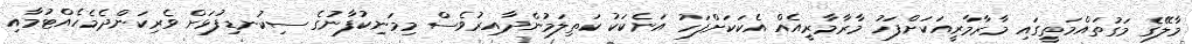
މާލޭގެ މަގުތައްމަތީގައި މާރާމާރީއަކަށްފަހު މާރާމާރީއެއް އެކަކަށްފަހު އަނެކަކު ކަތިލަމުންދާއިރުވެސް މިމަނިކުފާނުގެ ސިކުނޑިފުޅަށް ވެރިކަންދެމެހެއްޓުމާއި